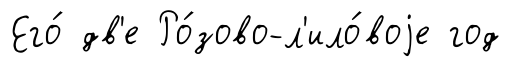
Его́ дв'е Ро́зово-л'ило́воjе год